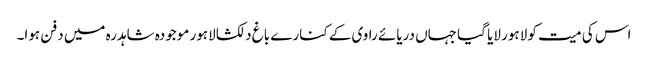
اس کی میت کو لاہور لایا گیا جہاں دریائے راوی کے کنارے باغ دلکشا لاہور موجودہ شاہدرہ میں دفن ہوا۔